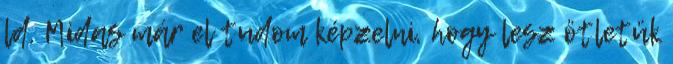
ld. Midas már el tudom képzelni, hogy lesz ötletük